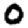
Digit: 0